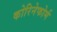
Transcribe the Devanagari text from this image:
कोरिनेफोर्म